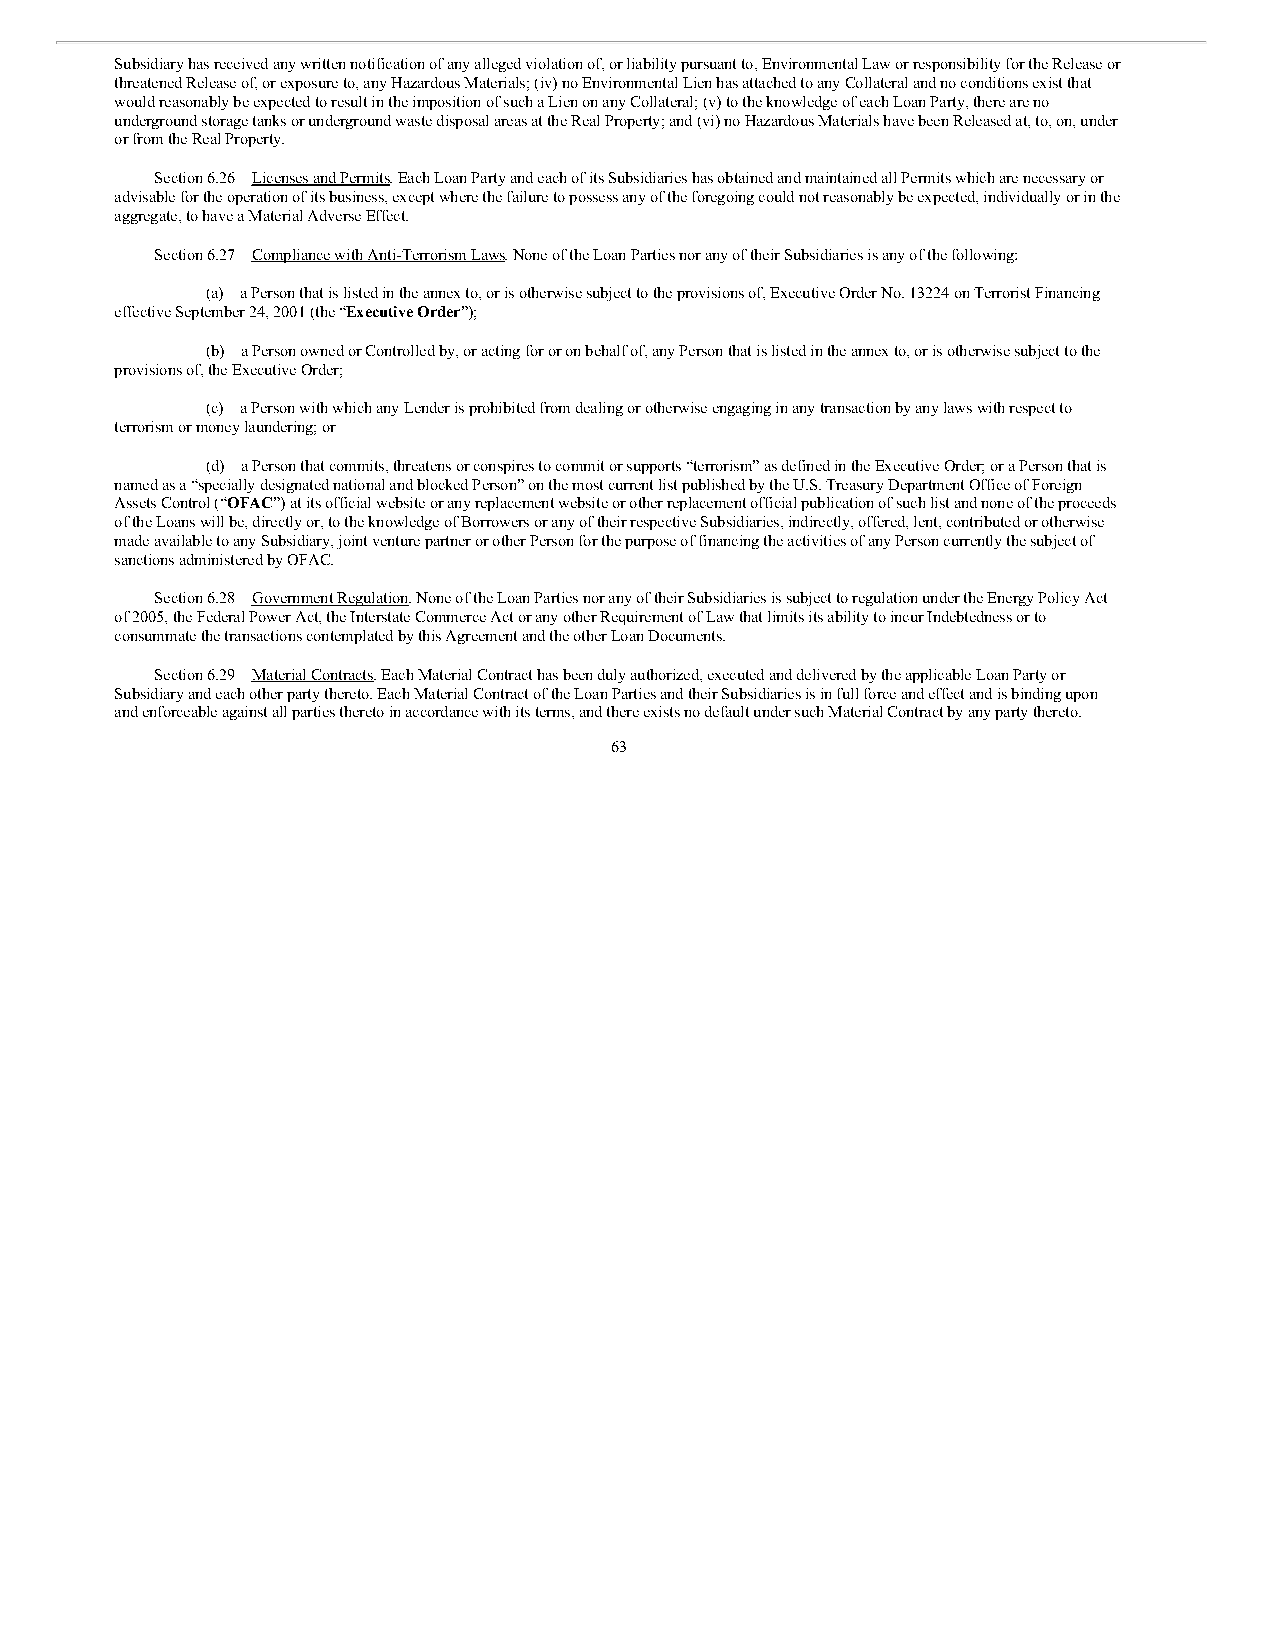
Subsidiary has received any written notification of any alleged violation of, or liability pursuant to, Environmental Law or responsibility for the Release or
 threatened Release of, or exposure to, any Hazardous Materials; (iv) no Environmental Lien has attached to any Collateral and no conditions exist that
 would reasonably be expected to result in the imposition of such a Lien on any Collateral; (v) to the knowledge of each Loan Party, there are no
 underground storage tanks or underground waste disposal areas at the Real Property; and (vi) no Hazardous Materials have been Released at, to, on, under
 or from the Real Property.
 Section 6.26 Licenses and Permits. Each Loan Party and each of its Subsidiaries has obtained and maintained all Permits which are necessary or
 advisable for the operation of its business, except where the failure to possess any of the foregoing could not reasonably be expected, individually or in the
 aggregate, to have a Material Adverse Effect.
 Section 6.27 Compliance with Anti-Terrorism Laws. None of the Loan Parties nor any of their Subsidiaries is any of the following:
 (a) a Person that is listed in the annex to, or is otherwise subject to the provisions of, Executive Order No. 13224 on Terrorist Financing
 effective September 24, 2001 (the “Executive Order”);
 (b) a Person owned or Controlled by, or acting for or on behalf of, any Person that is listed in the annex to, or is otherwise subject to the
 provisions of, the Executive Order;
 (c) a Person with which any Lender is prohibited from dealing or otherwise engaging in any transaction by any laws with respect to
 terrorism or money laundering; or
 (d) a Person that commits, threatens or conspires to commit or supports “terrorism” as defined in the Executive Order; or a Person that is
 named as a “specially designated national and blocked Person” on the most current list published by the U.S. Treasury Department Office of Foreign
 Assets Control (“OFAC”) at its official website or any replacement website or other replacement official publication of such list and none of the proceeds
 of the Loans will be, directly or, to the knowledge of Borrowers or any of their respective Subsidiaries, indirectly, offered, lent, contributed or otherwise
 made available to any Subsidiary, joint venture partner or other Person for the purpose of financing the activities of any Person currently the subject of
 sanctions administered by OFAC.
 Section 6.28 Government Regulation. None of the Loan Parties nor any of their Subsidiaries is subject to regulation under the Energy Policy Act
 of 2005, the Federal Power Act, the Interstate Commerce Act or any other Requirement of Law that limits its ability to incur Indebtedness or to
 consummate the transactions contemplated by this Agreement and the other Loan Documents.
 Section 6.29 Material Contracts. Each Material Contract has been duly authorized, executed and delivered by the applicable Loan Party or
 Subsidiary and each other party thereto. Each Material Contract of the Loan Parties and their Subsidiaries is in full force and effect and is binding upon
 and enforceable against all parties thereto in accordance with its terms, and there exists no default under such Material Contract by any party thereto.
 63